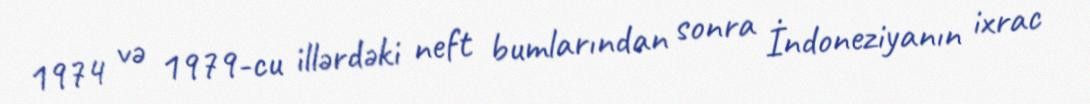
1974 və 1979-cu illərdəki neft bumlarından sonra İndoneziyanın ixrac